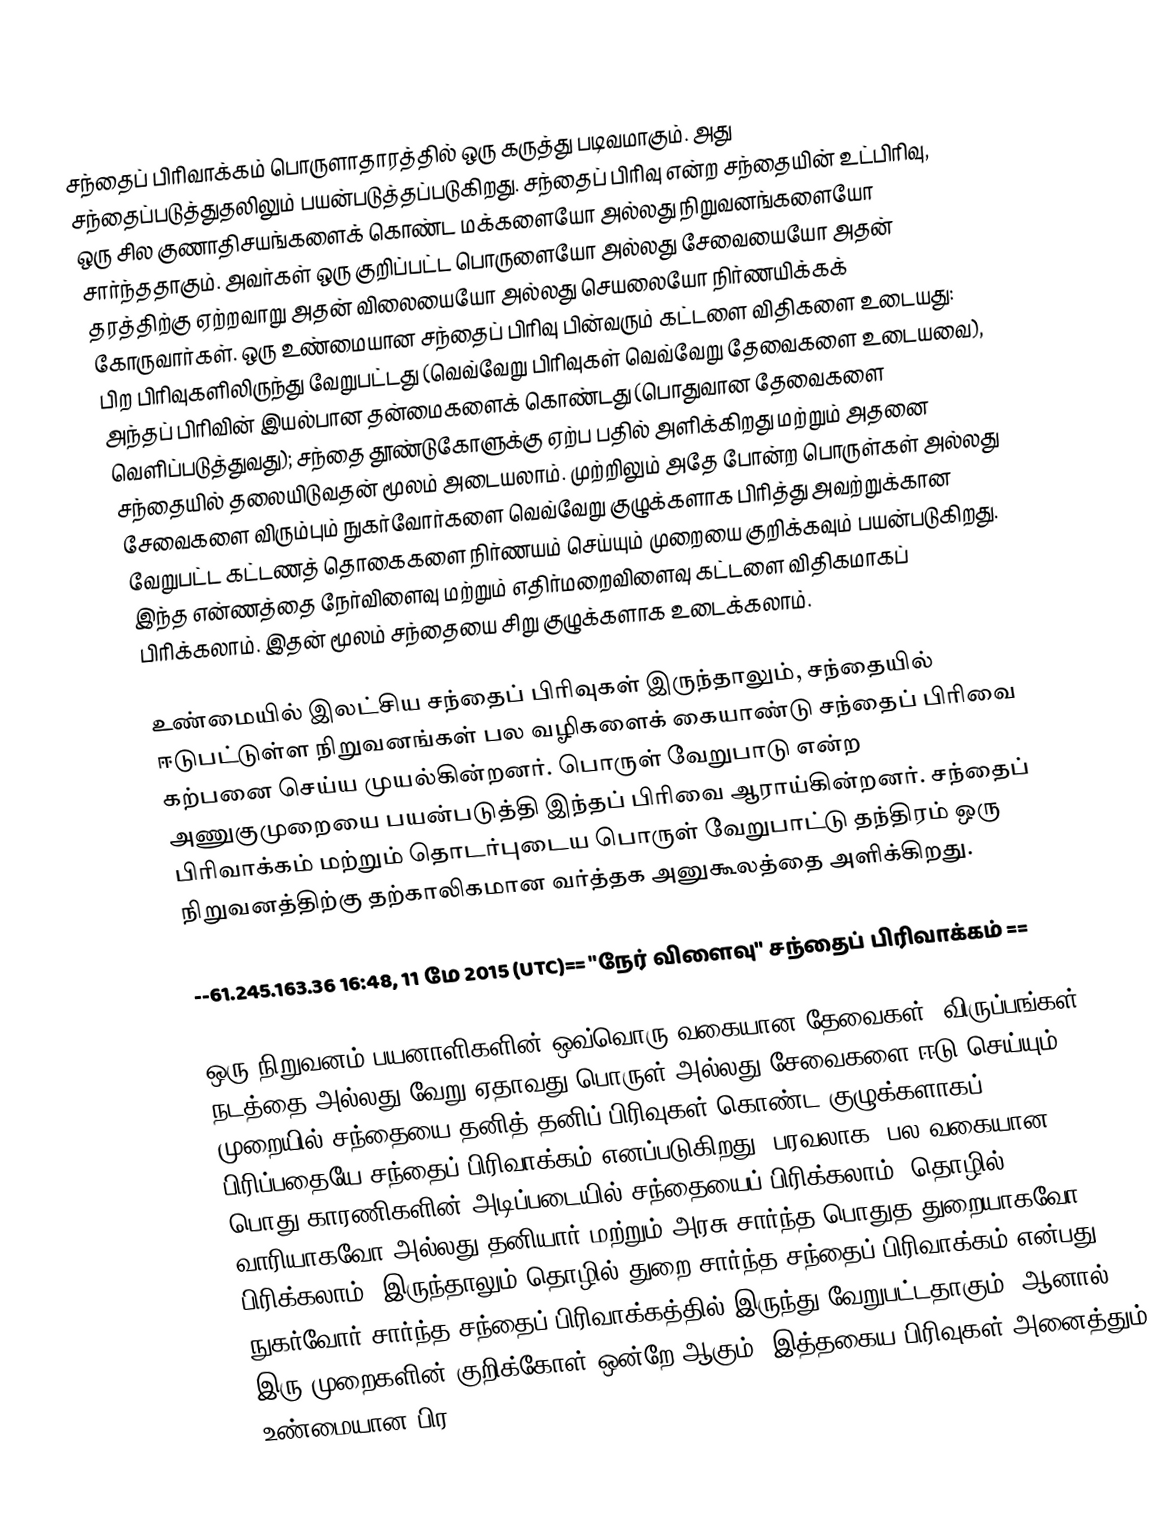
சந்தைப் பிரிவாக்கம் பொருளாதாரத்தில் ஒரு கருத்து படிவமாகும். அது சந்தைப்படுத்துதலிலும் பயன்படுத்தப்படுகிறது. சந்தைப் பிரிவு என்ற சந்தையின் உட்பிரிவு, ஒரு சில குணாதிசயங்களைக் கொண்ட மக்களையோ அல்லது நிறுவனங்களையோ சார்ந்ததாகும். அவர்கள் ஒரு குறிப்பட்ட பொருளையோ அல்லது சேவையையோ அதன் தரத்திற்கு ஏற்றவாறு அதன் விலையையோ அல்லது செயலையோ நிர்ணயிக்கக் கோருவார்கள். ஒரு உண்மையான சந்தைப் பிரிவு பின்வரும் கட்டளை விதிகளை உடையது: பிற பிரிவுகளிலிருந்து வேறுபட்டது (வெவ்வேறு பிரிவுகள் வெவ்வேறு தேவைகளை உடையவை), அந்தப் பிரிவின் இயல்பான தன்மைகளைக் கொண்டது (பொதுவான தேவைகளை வெளிப்படுத்துவது); சந்தை தூண்டுகோளுக்கு ஏற்ப பதில் அளிக்கிறது மற்றும் அதனை சந்தையில் தலையிடுவதன் மூலம் அடையலாம். முற்றிலும் அதே போன்ற பொருள்கள் அல்லது சேவைகளை  விரும்பும் நுகர்வோர்களை வெவ்வேறு குழுக்களாக பிரித்து அவற்றுக்கான  வேறுபட்ட கட்டணத் தொகைகளை நிர்ணயம் செய்யும் முறையை குறிக்கவும் பயன்படுகிறது. இந்த என்ணத்தை நேர்விளைவு மற்றும் எதிர்மறைவிளைவு கட்டளை விதிகமாகப் பிரிக்கலாம். இதன் மூலம் சந்தையை சிறு குழுக்களாக உடைக்கலாம்.

உண்மையில் இலட்சிய சந்தைப் பிரிவுகள் இருந்தாலும், சந்தையில் ஈடுபட்டுள்ள நிறுவனங்கள் பல வழிகளைக் கையாண்டு சந்தைப் பிரிவை கற்பனை செய்ய முயல்கின்றனர். பொருள் வேறுபாடு என்ற அணுகுமுறையை பயன்படுத்தி இந்தப் பிரிவை ஆராய்கின்றனர். சந்தைப் பிரிவாக்கம் மற்றும் தொடர்புடைய பொருள் வேறுபாட்டு தந்திரம் ஒரு நிறுவனத்திற்கு தற்காலிகமான வர்த்தக அனுகூலத்தை அளிக்கிறது.

--61.245.163.36 16:48, 11 மே 2015 (UTC)== "நேர் விளைவு" சந்தைப் பிரிவாக்கம் ==

ஒரு நிறுவனம் பயனாளிகளின் ஒவ்வொரு வகையான தேவைகள், விருப்பங்கள், நடத்தை அல்லது வேறு ஏதாவது பொருள் அல்லது சேவைகளை ஈடு செய்யும் முறையில் சந்தையை தனித் தனிப் பிரிவுகள் கொண்ட குழுக்களாகப் பிரிப்பதையே சந்தைப் பிரிவாக்கம் எனப்படுகிறது. பரவலாக, பல வகையான பொது காரணிகளின் அடிப்படையில் சந்தையைப் பிரிக்கலாம், தொழில் வாரியாகவோ அல்லது தனியார் மற்றும் அரசு சார்ந்த பொதுத துறையாகவோ பிரிக்கலாம், இருந்தாலும் தொழில் துறை சார்ந்த சந்தைப் பிரிவாக்கம் என்பது நுகர்வோர் சார்ந்த சந்தைப் பிரிவாக்கத்தில் இருந்து வேறுபட்டதாகும், ஆனால் இரு முறைகளின் குறிக்கோள் ஒன்றே ஆகும். இத்தகைய பிரிவுகள் அனைத்தும் உண்மையான பிர